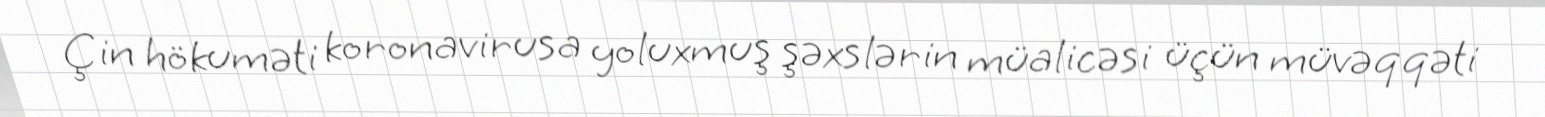
Çin hökuməti koronavirusa yoluxmuş şəxslərin müalicəsi üçün müvəqqəti